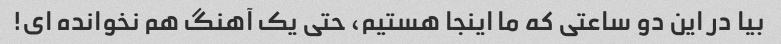
بیا در این دو ساعتی که ما اینجا هستیم، حتی یک آهنگ هم نخوانده ای!